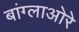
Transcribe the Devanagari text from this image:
बांग्लाओरे